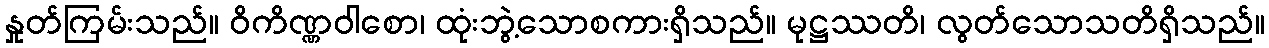
နှုတ်ကြမ်းသည်။ ဝိကိဏ္ဏဝါစော၊ ထုံးဘွဲ့သောစကားရှိသည်။ မုဋ္ဌဿတိ၊ လွတ်သောသတိရှိသည်။